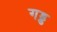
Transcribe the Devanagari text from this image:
गड्ड